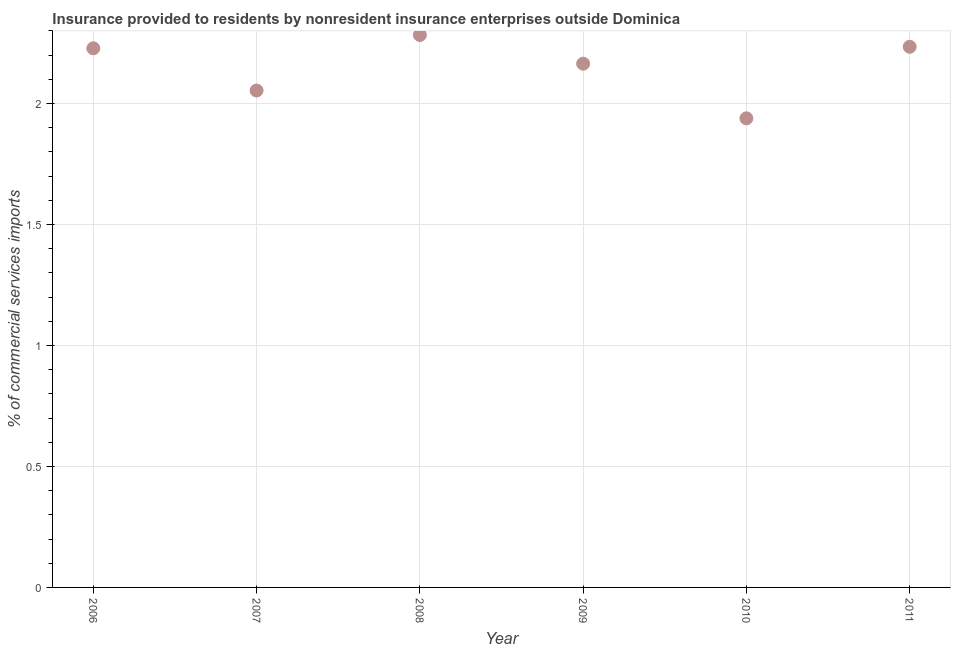
| Year | Insurance provided by non-residents |
 | --- | --- |
 | 2006 | 2.23 |
 | 2007 | 2.05 |
 | 2008 | 2.28 |
 | 2009 | 2.16 |
 | 2010 | 1.94 |
 | 2011 | 2.23 |